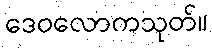
ဒေဝလောကသုတ်။